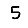
Digit: 5